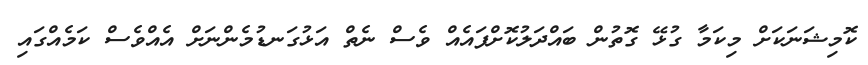
ކޮމިޝަނަކަށް މިކަމާ ގުޅޭ ގޮތުން ބައްދަލުކޮށްފައެއް ވެސް ނެތް އަޅުގަނޑުމެންނަށް އެއްވެސް ކަމެއްގައި